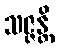
သဇ္ဇန္တိ